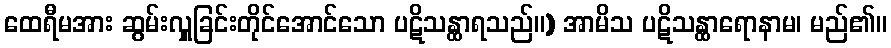
ထေရီမအား ဆွမ်းလှူခြင်းတိုင်အောင်သော ပဋိသန္ထာရသည်။) အာမိသ ပဋိသန္ထာရောနာမ၊ မည်၏။